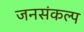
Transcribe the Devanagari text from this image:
जनसंकल्प